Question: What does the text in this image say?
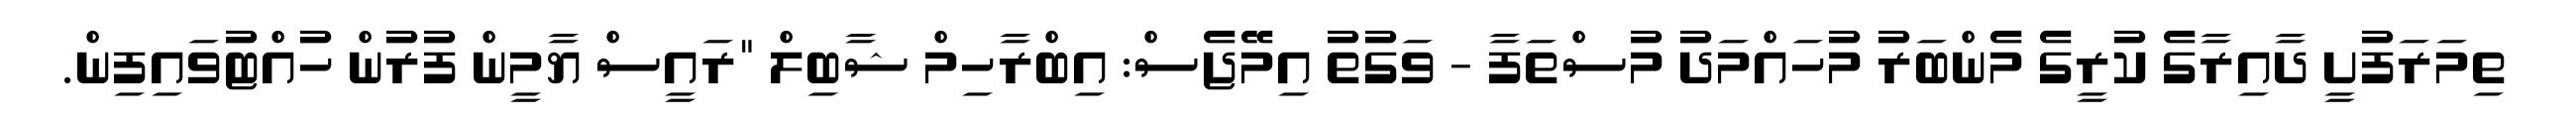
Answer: ތިމަރަފުށީ ދާއިރާގެ ކުރީގެ މެންބަރު މުހައްމަދު މުސްތަފާ - ވަގުތު އިމޭޖެސް: އިބްރާހިމް ޝާބިލް "ރައީސް ޔާމީން ފުރުން ހުއްޓުވައިފިން.